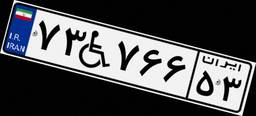
۴۵W۳۸۵۱۲